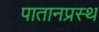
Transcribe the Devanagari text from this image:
पातानप्रस्थ